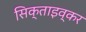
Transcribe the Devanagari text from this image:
सिक्ताइव्कर